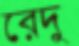
রেদু